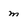
Character: m